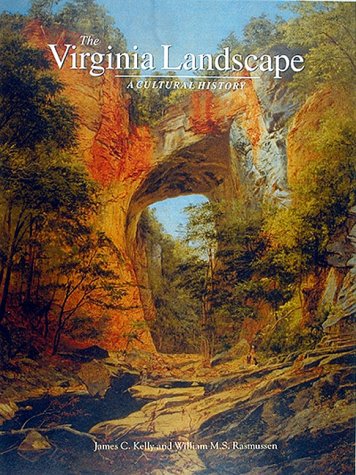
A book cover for The Virginia Landscape: A Cultural History; James C. Kelly; Travel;